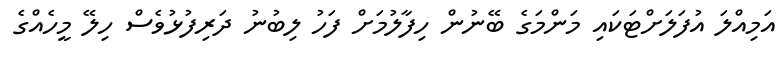
އަމިއްލަ އުފަލަށްޓަކައި މަންމަގެ ބޭނުން ހިފާލުމަށް ފަހު ލިބުނު ދަރިފުޅުވެސް ހިލޭ މީހެއްގެ